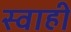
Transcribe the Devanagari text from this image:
स्वाही